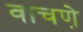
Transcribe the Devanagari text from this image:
वाचणे़